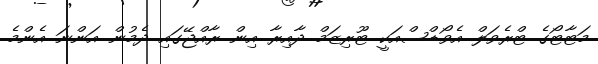
މަޓާޓޯގެ ޓްރެވަލް އެވޯޑްސްއަކީ ޓޫރިޒަމް ދާއިރާ އިން ރާއްޖޭގައި ދެމުން އަންނަ އެންމެ